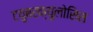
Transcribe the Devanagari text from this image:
टयुबरक्युलोसिस